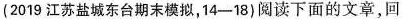
(2019江苏盐城东台期末模拟，14-18)阅读下面的文章，回